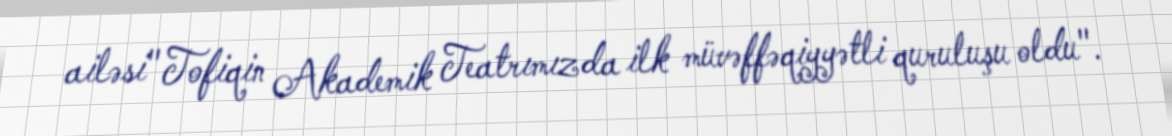
ailəsi" Tofiqin Akademik Teatrımızda ilk müvəffəqiyyətli quruluşu oldu".